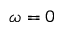
\omega = 0